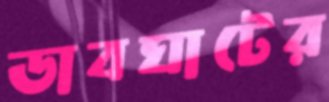
ডাবঘাটের